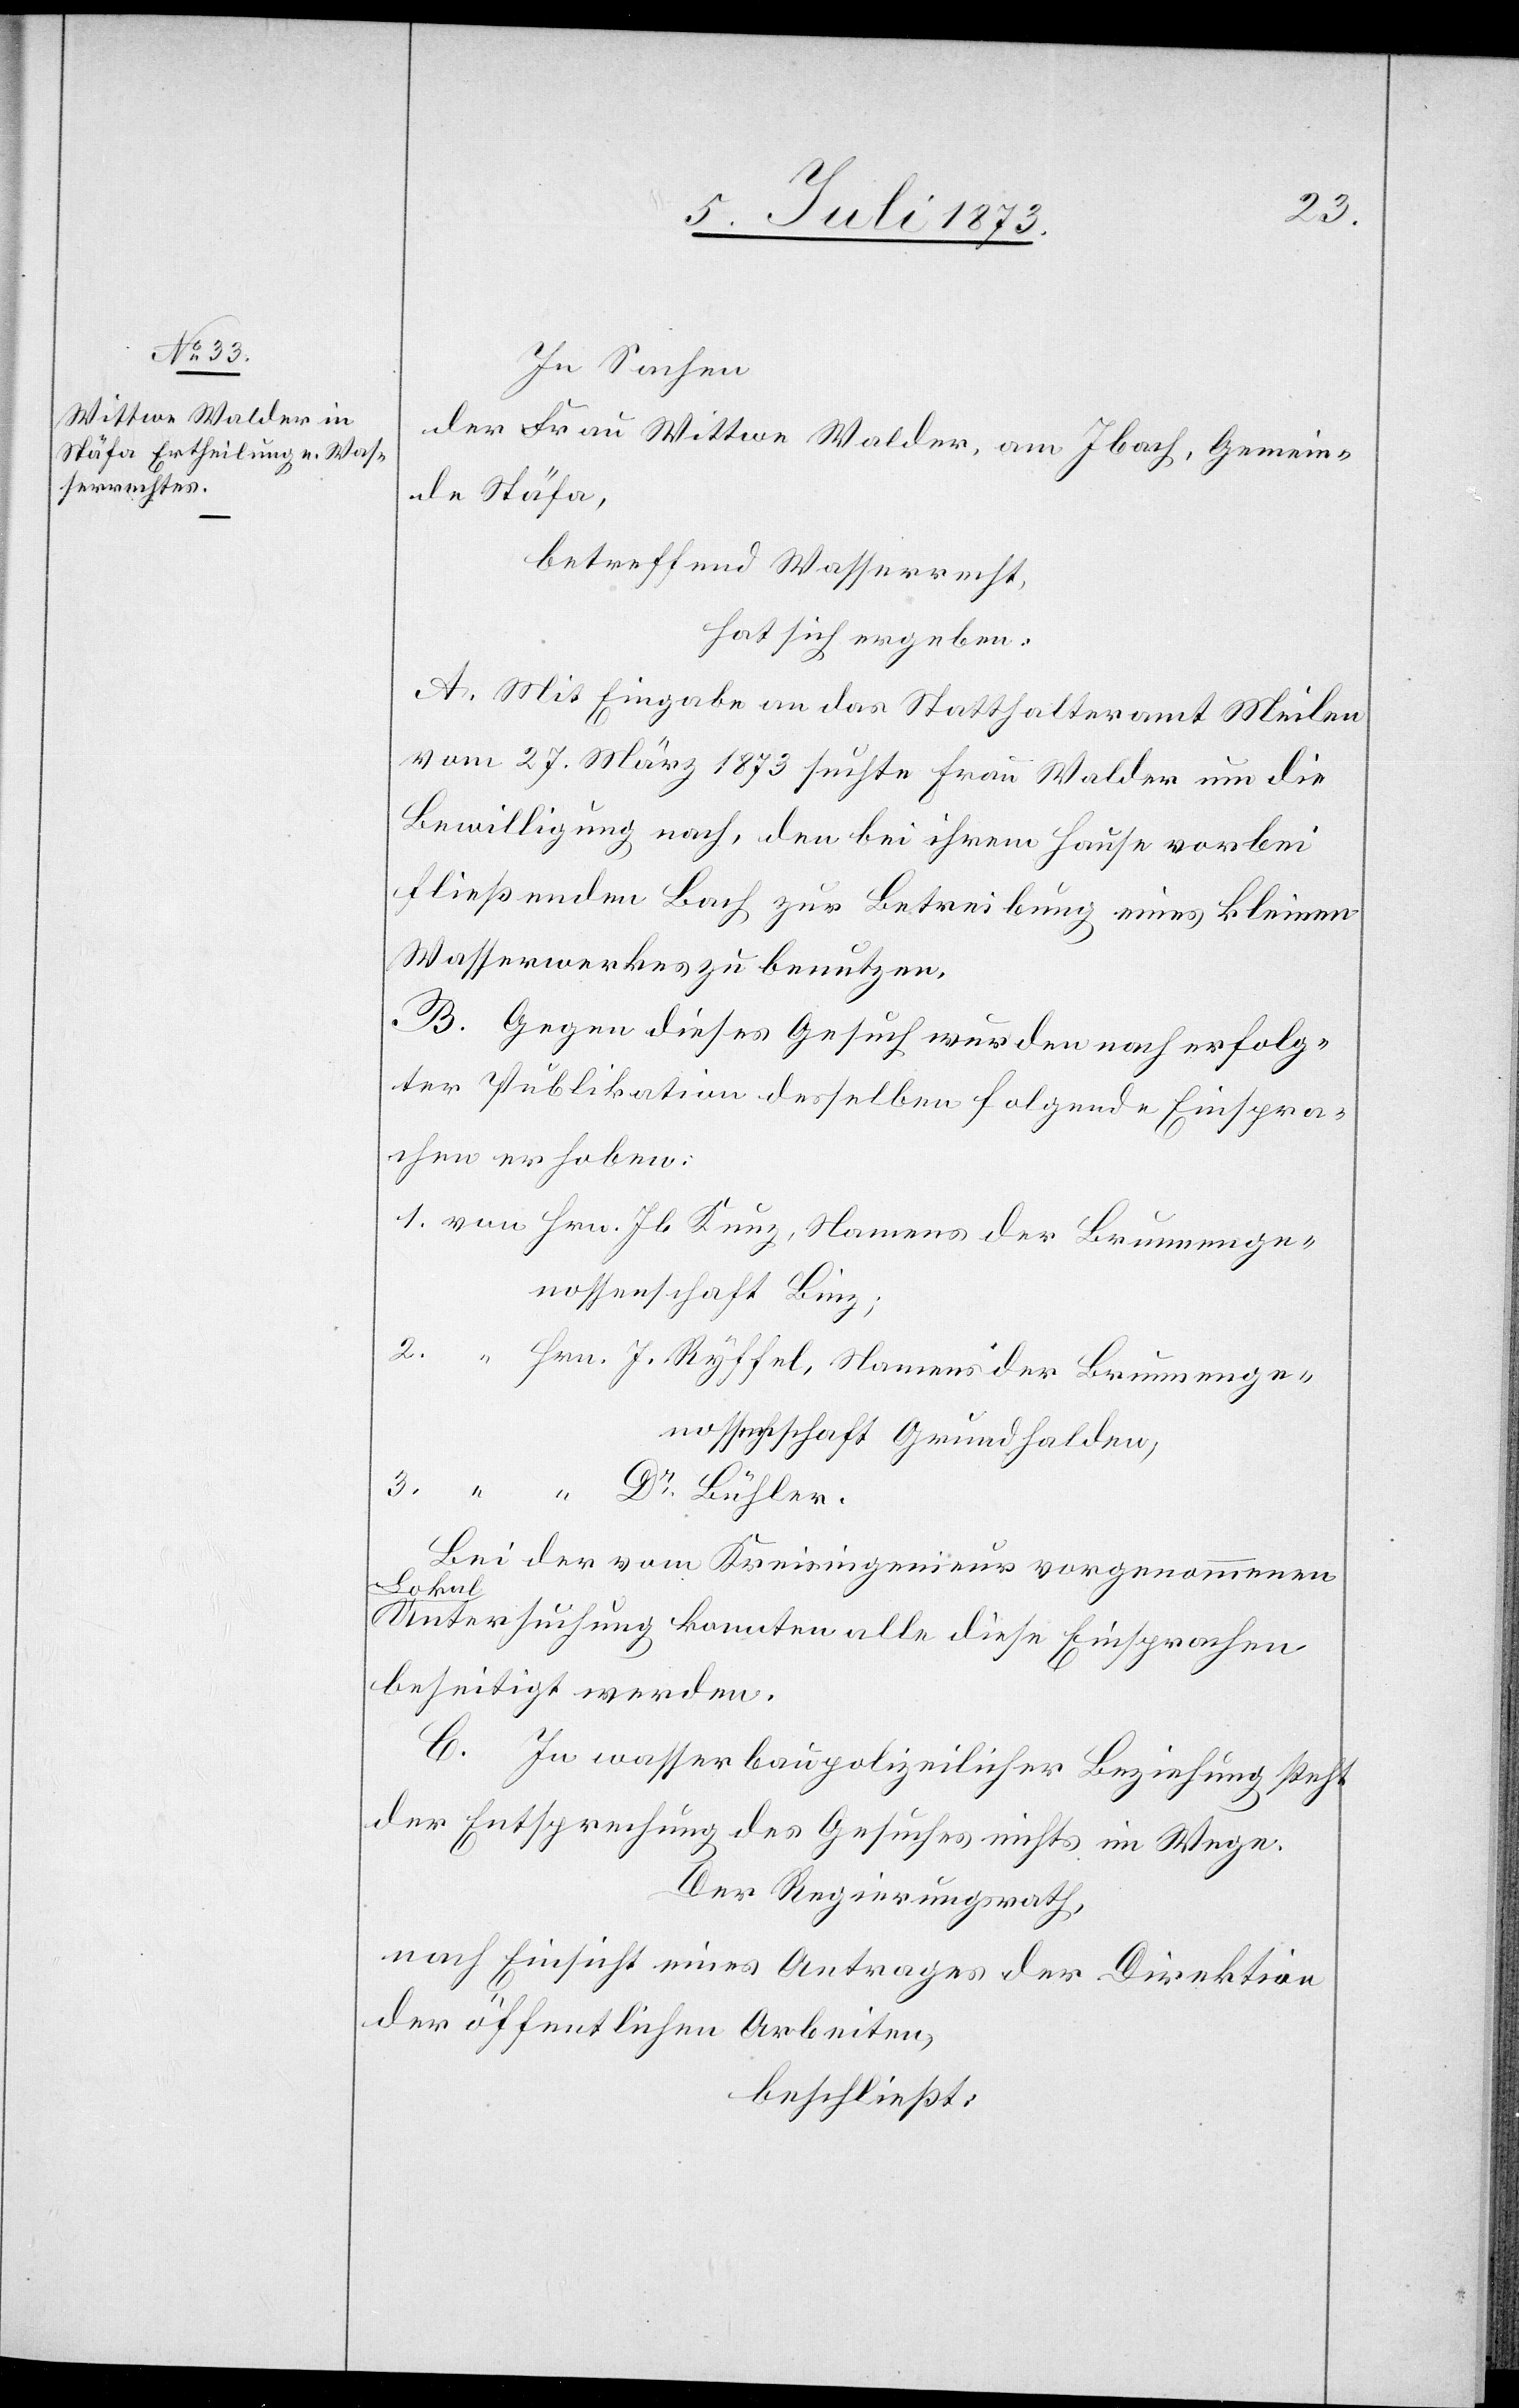
2.
In Sachen
der Frau Wittwe Walder, am Ibach, Gemein¬
de Stäfa,
betreffend Wasserrecht,
hat sich ergeben:
A. Mit Eingabe an das Statthalteramt Meilen
vom 27. März 1873 suchte Frau Walder um die
Bewilligung nach, den bei ihrem Hause vorbei
fließenden Bach zur Betreibung eines kleinen
Wasserwerkes zu benutzen.
B. Gegen dieses Gesuch wurden nach erfolg¬
ter Publikation desselben folgende Einspra¬
chen erhoben:
nossenschaft Binz;
enossenschaft Grundhalden;
Bei der vom Kreisingenieur vorgenommenen
Lokal-U¬
ntersuchung konnten alle diese Einsprachen
beseitigt werden.
C. In wasserbaupolizeilicher Beziehung steht
der Entsprechung des Gesuches nichts im Wege.
Der Regierungsrath
nach Einsicht eines Antrages der Direktion
der öffentlichen Arbeiten,
beschließt: